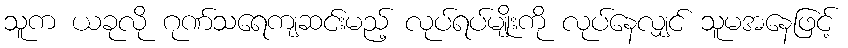
သူက ယခုလို ဂုဏ်သရေကျဆင်းမည့် လုပ်ရပ်မျိုးကို လုပ်နေလျှင် သူမအနေဖြင့်